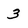
Character: 3